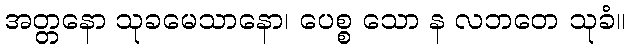
အတ္တနော သုခမေသာနော၊ ပေစ္စ သော န လဘတေ သုခံ။